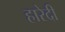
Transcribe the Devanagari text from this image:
हारेदी